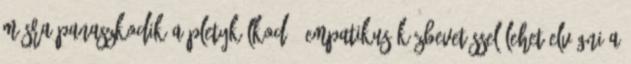
másra panaszkodik a pletykálkodó, empatikus közbevetéssel lehet elvágni a